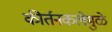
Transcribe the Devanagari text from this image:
कीर्तनकलेमुळे